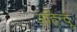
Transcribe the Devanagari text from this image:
अहिन्दू